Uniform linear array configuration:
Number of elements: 48
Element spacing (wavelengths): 1
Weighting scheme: kaiser
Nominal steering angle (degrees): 45
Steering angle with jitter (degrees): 46.135
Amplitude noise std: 0.05
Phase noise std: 0.05

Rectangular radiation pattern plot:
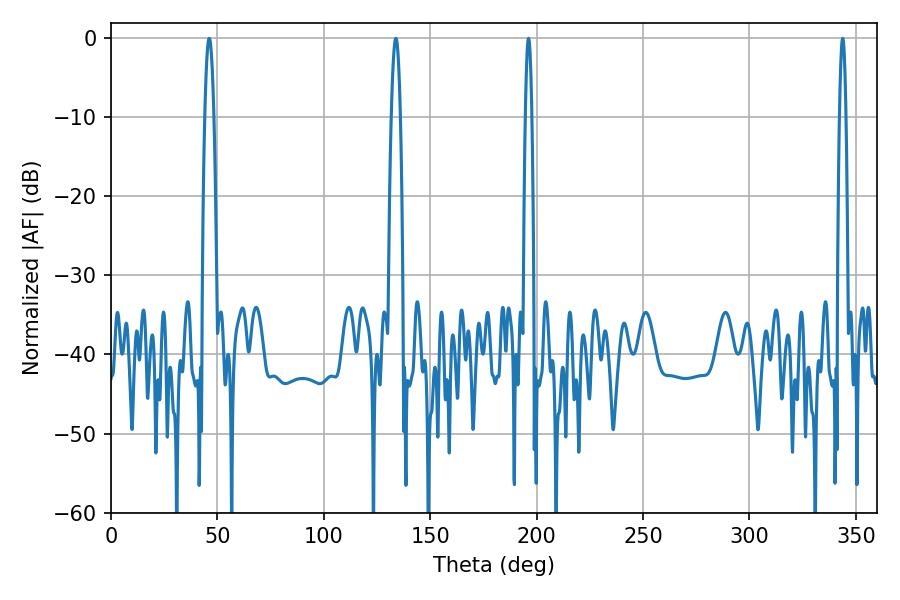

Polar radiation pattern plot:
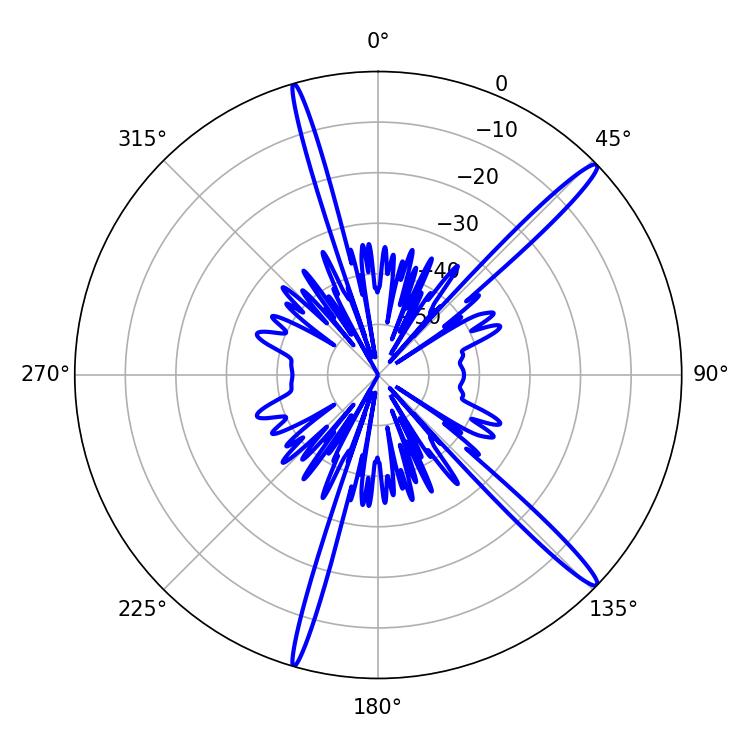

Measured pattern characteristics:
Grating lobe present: TRUE
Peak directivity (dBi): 16.322
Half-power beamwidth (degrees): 1.44
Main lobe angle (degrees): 343.8